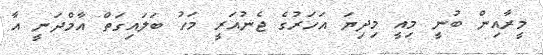
މީރާއިން ބުނީ މިއީ މިދިޔަ އަހަރުގެ ޖެނުއަރީ މަހު ބަލައިގަތް އާމްދަނީ އާ